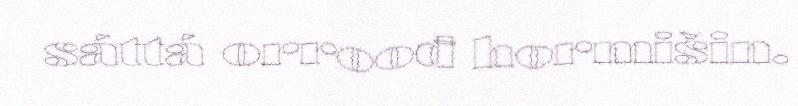
sáttá orroođ hormišin.